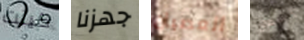
كينت جهزنا العصيان إسمع